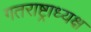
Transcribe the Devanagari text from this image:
गतराष्ट्राध्यक्ष